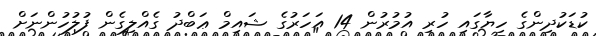
ކުޑަކުދިންގެ ހިޔާގައި ހުރި އުމުރުން 14 އަހަރުގެ ޝައިމް ޢަބްދު ގެއްލިގެން ފުލުހުންނަށް